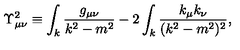
\Upsilon _ { \mu \nu } ^ { 2 } \equiv \int _ { k } \frac { g _ { \mu \nu } } { k ^ { 2 } - m ^ { 2 } } - 2 \int _ { k } \frac { k _ { \mu } k _ { \nu } } { ( k ^ { 2 } - m ^ { 2 } ) ^ { 2 } } ,